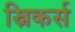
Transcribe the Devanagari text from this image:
स्निकर्स